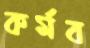
কর্মব